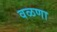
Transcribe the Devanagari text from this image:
वळणा